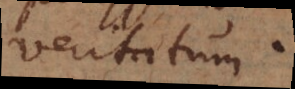
veritatum.